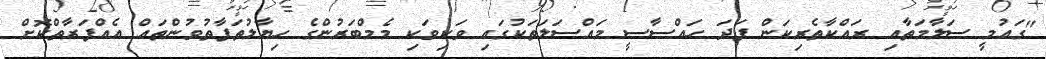
"ގައުމީ ސަލާމަތާއި ރައްކާތެރިކަން ފަދަ ހައްސާސީ މައްސަލަތަކުގައި ވަކިވަކި މެމްބަރުންގެ ހިޔާލުތަފާތުވުންތައް އެއްފަރާތްކޮށް